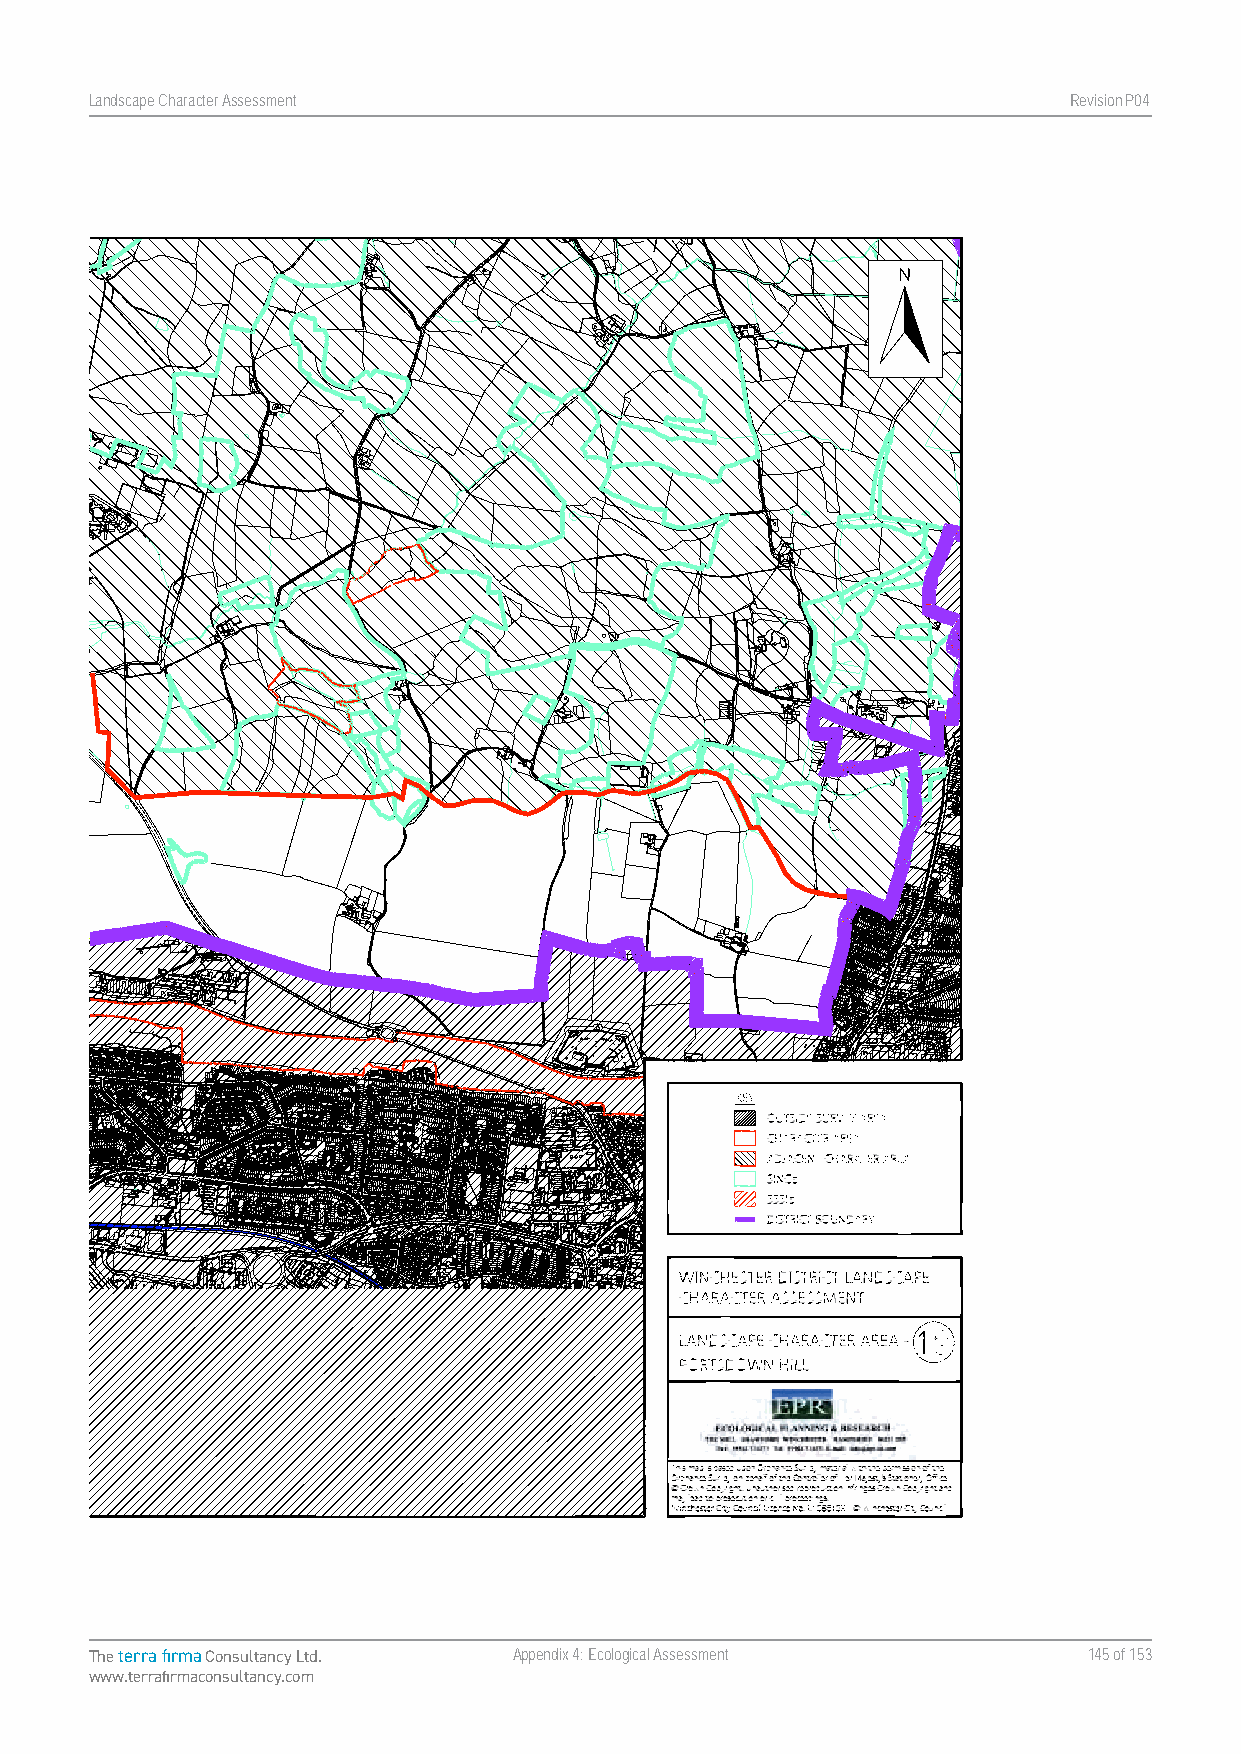
Landscape Character Assessment                                   RevisionP047
 MaMp a1p9 .1 L9a.n dLsacnadpsec Caphea rCahctaerra Actreera A -r ePao r-t sPdoorwtsnd oHwinll Hill
 LandLscaanpdes cCahpae rCachtaerr aActsesre sAsmsseensst mAepnpte Andpipxe nFdouixr Four WincWheinstcehre Cstietyr CCoituy nCcoiluncil
 The terra firma Consultancy Ltd. Appendix 4: Ecological Assessment 145 of 153
 www.terrafirmaconsultancy.com